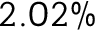
2 . 0 2 \%